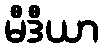
မီဒီယာ